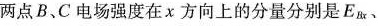
两点B、C电场强度在x方向上的分量分别是E_{Bx}，